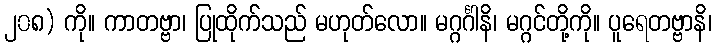
၂၀၈) ကို။ ကာတဗ္ဗာ၊ ပြုထိုက်သည် မဟုတ်လော။ မဂ္ဂင်္ဂါနိ၊ မဂ္ဂင်တို့ကို။ ပူရေတဗ္ဗာနိ၊